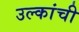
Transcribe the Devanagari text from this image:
उल्कांची